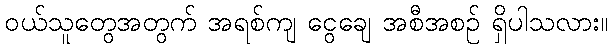
ဝယ်သူတွေအတွက် အရစ်ကျ ငွေချေ အစီအစဉ် ရှိပါသလား။